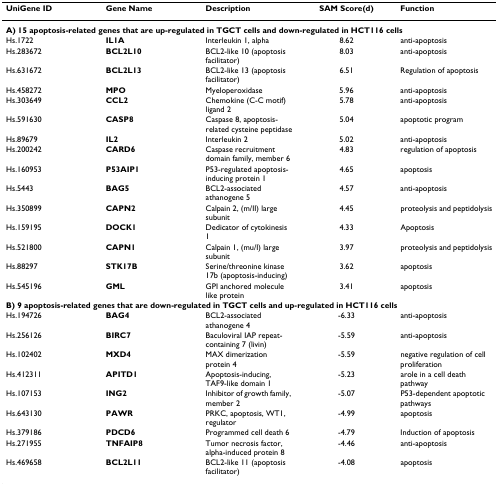
<table><thead><tr><td><b>UniGene ID</b></td><td><b>Gene Name</b></td><td><b>Description</b></td><td><b>SAM Score(d)</b></td><td><b>Function</b></td></tr></thead><tbody><tr><td colspan="5"><b>A) 15 apoptosis-related genes that are up-regulated in TGCT cells and down-regulated in HCT116 cells</b></td></tr><tr><td>Hs.1722</td><td><b>IL1A</b></td><td>Interleukin 1, alpha</td><td>8.62</td><td>anti-apoptosis</td></tr><tr><td>Hs.283672</td><td><b>BCL2L10</b></td><td>BCL2-like 10 (apoptosis facilitator)</td><td>8.03</td><td>anti-apoptosis</td></tr><tr><td>Hs.631672</td><td><b>BCL2L13</b></td><td>BCL2-like 13 (apoptosis facilitator)</td><td>6.51</td><td>Regulation of apoptosis</td></tr><tr><td>Hs.458272</td><td><b>MPO</b></td><td>Myeloperoxidase</td><td>5.96</td><td>anti-apoptosis</td></tr><tr><td>Hs.303649</td><td><b>CCL2</b></td><td>Chemokine (C-C motif) ligand 2</td><td>5.78</td><td>anti-apoptosis</td></tr><tr><td>Hs.591630</td><td><b>CASP8</b></td><td>Caspase 8, apoptosis-related cysteine peptidase</td><td>5.04</td><td>apoptotic program</td></tr><tr><td>Hs.89679</td><td><b>IL2</b></td><td>Interleukin 2</td><td>5.02</td><td>anti-apoptosis</td></tr><tr><td>Hs.200242</td><td><b>CARD6</b></td><td>Caspase recruitment domain family, member 6</td><td>4.83</td><td>regulation of apoptosis</td></tr><tr><td>Hs.160953</td><td><b>P53AIP1</b></td><td>P53-regulated apoptosis-inducing protein 1</td><td>4.65</td><td>apoptosis</td></tr><tr><td>Hs.5443</td><td><b>BAG5</b></td><td>BCL2-associated athanogene 5</td><td>4.57</td><td>anti-apoptosis</td></tr><tr><td>Hs.350899</td><td><b>CAPN2</b></td><td>Calpain 2, (m/II) large subunit</td><td>4.45</td><td>proteolysis and peptidolysis</td></tr><tr><td>Hs.159195</td><td><b>DOCK1</b></td><td>Dedicator of cytokinesis 1</td><td>4.33</td><td>Apoptosis</td></tr><tr><td>Hs.521800</td><td><b>CAPN1</b></td><td>Calpain 1, (mu/I) large subunit</td><td>3.97</td><td>proteolysis and peptidolysis</td></tr><tr><td>Hs.88297</td><td><b>STK17B</b></td><td>Serine/threonine kinase 17b (apoptosis-inducing)</td><td>3.62</td><td>apoptosis</td></tr><tr><td>Hs.545196</td><td><b>GML</b></td><td>GPI anchored molecule like protein</td><td>3.41</td><td>apoptosis</td></tr><tr><td colspan="5"><b>B) 9 apoptosis-related genes that are down-regulated in TGCT cells and up-regulated in HCT116 cells</b></td></tr><tr><td>Hs.194726</td><td><b>BAG4</b></td><td>BCL2-associated athanogene 4</td><td>-6.33</td><td>anti-apoptosis</td></tr><tr><td>Hs.256126</td><td><b>BIRC7</b></td><td>Baculoviral IAP repeat-containing 7 (livin)</td><td>-5.59</td><td>anti-apoptosis</td></tr><tr><td>Hs.102402</td><td><b>MXD4</b></td><td>MAX dimerization protein 4</td><td>-5.59</td><td>negative regulation of cell proliferation</td></tr><tr><td>Hs.412311</td><td><b>APITD1</b></td><td>Apoptosis-inducing, TAF9-like domain 1</td><td>-5.23</td><td>arole in a cell death pathway</td></tr><tr><td>Hs.107153</td><td><b>ING2</b></td><td>Inhibitor of growth family, member 2</td><td>-5.07</td><td>P53-dependent apoptotic pathways</td></tr><tr><td>Hs.643130</td><td><b>PAWR</b></td><td>PRKC, apoptosis, WT1, regulator</td><td>-4.99</td><td>apoptosis</td></tr><tr><td>Hs.379186</td><td><b>PDCD6</b></td><td>Programmed cell death 6</td><td>-4.79</td><td>Induction of apoptosis</td></tr><tr><td>Hs.271955</td><td><b>TNFAIP8</b></td><td>Tumor necrosis factor, alpha-induced protein 8</td><td>-4.46</td><td>anti-apoptosis</td></tr><tr><td>Hs.469658</td><td><b>BCL2L11</b></td><td>BCL2-like 11 (apoptosis facilitator)</td><td>-4.08</td><td>apoptosis</td></tr></tbody></table>